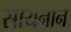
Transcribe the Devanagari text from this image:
सायनाने